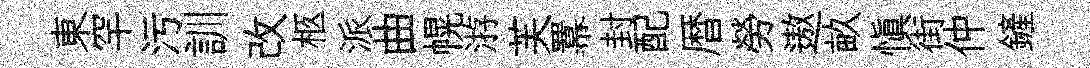
東罕污訓改柩派曲幌㳺芙羃封配暦勞遨畝慎街仲鏟